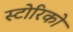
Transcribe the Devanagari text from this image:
स्टोरिको